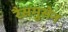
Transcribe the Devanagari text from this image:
रैसमुसेन